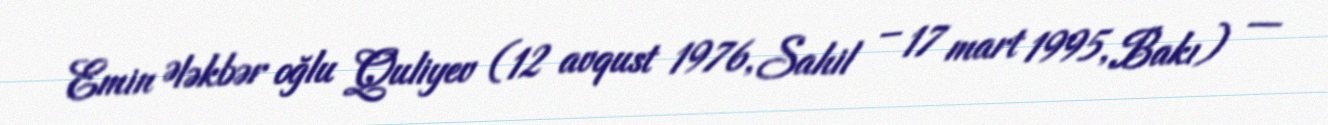
Emin Ələkbər oğlu Quliyev (12 avqust 1976, Sahil – 17 mart 1995, Bakı) —